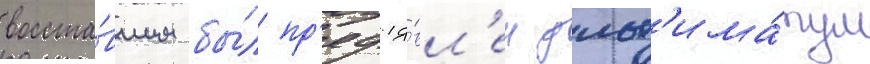
восста́вшим бы́л пр'едъя́вл'ен ульт'има́тум